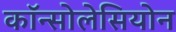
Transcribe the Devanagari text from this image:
कॉन्सोलेसियोन